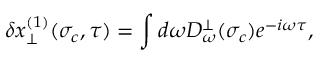
\delta x _ { \perp } ^ { ( 1 ) } ( \sigma _ { c } , \tau ) = \int d \omega D _ { \omega } ^ { \perp } ( \sigma _ { c } ) e ^ { - i \omega \tau } ,